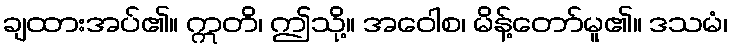
ချထားအပ်၏။ ဣတိ၊ ဤသို့။ အဝေါစ၊ မိန့်တော်မူ၏။ ဒသမံ၊